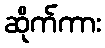
ဆိုက်ကား